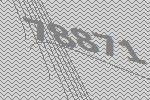
78871